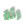
رئة